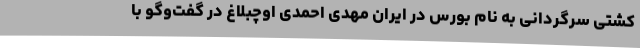
کشتی سرگردانی به نام بورس در ایران مهدی احمدی اوچبلاغ در گفت‌وگو با